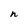
Character: n